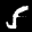
Label: 5